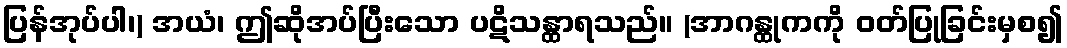
ပြန်အုပ်ပါ၊) အယံ၊ ဤဆိုအပ်ပြီးသော ပဋိသန္ထာရသည်။ (အာဂန္ထုကကို ဝတ်ပြုခြင်းမှစ၍